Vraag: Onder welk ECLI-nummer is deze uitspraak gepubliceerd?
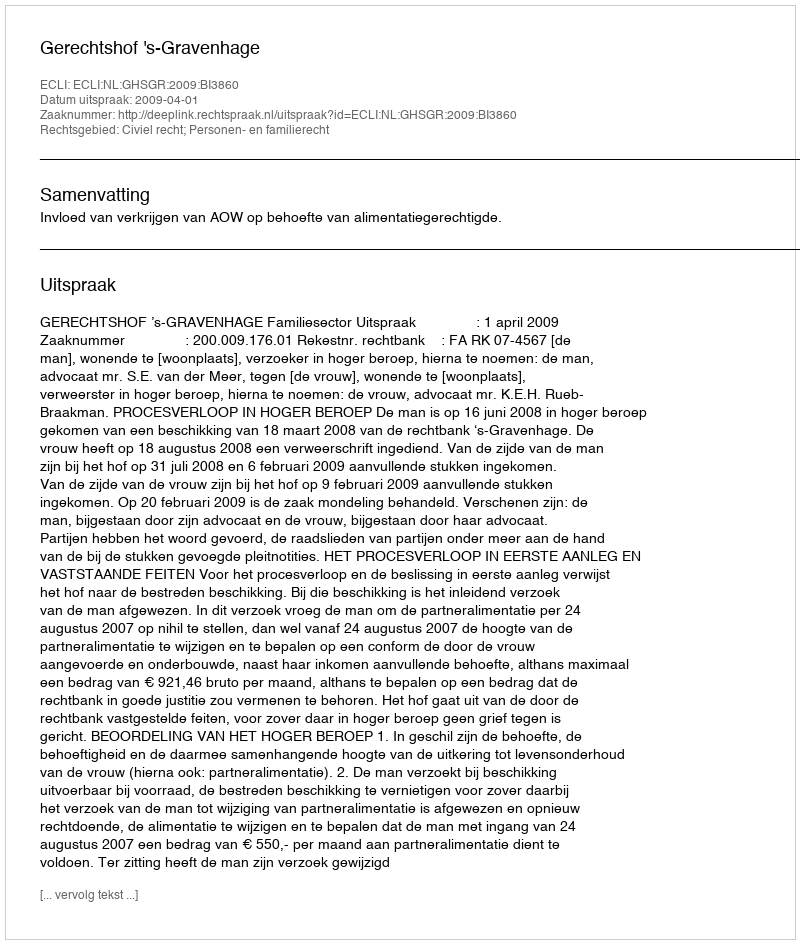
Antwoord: ECLI:NL:GHSGR:2009:BI3860